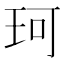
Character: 珂